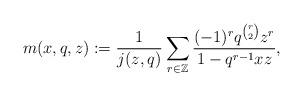
LaTeX: \begin{align*} m(x,q,z) := \frac{1}{j(z,q)} \sum_{r \in \mathbb{Z}} \frac{(-1)^r q^{\binom{r}{2}} z^r}{1-q^{r-1} xz},\end{align*}